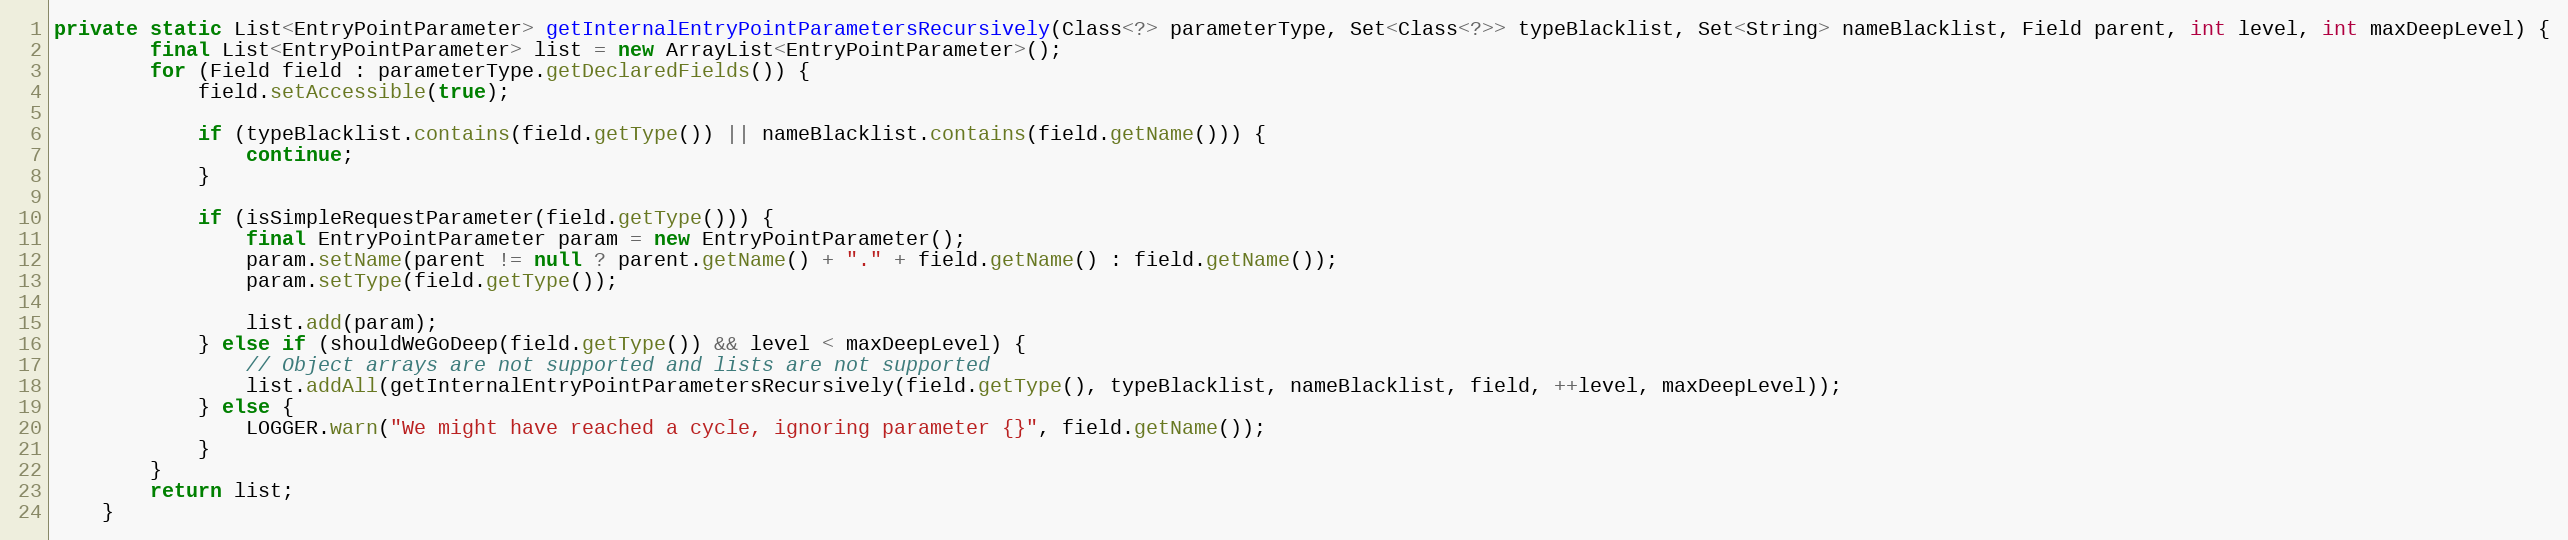
Language: Java
private static List<EntryPointParameter> getInternalEntryPointParametersRecursively(Class<?> parameterType, Set<Class<?>> typeBlacklist, Set<String> nameBlacklist, Field parent, int level, int maxDeepLevel) {
		final List<EntryPointParameter> list = new ArrayList<EntryPointParameter>();
		for (Field field : parameterType.getDeclaredFields()) {
			field.setAccessible(true);

			if (typeBlacklist.contains(field.getType()) || nameBlacklist.contains(field.getName())) {
				continue;
			}

			if (isSimpleRequestParameter(field.getType())) {
				final EntryPointParameter param = new EntryPointParameter();
				param.setName(parent != null ? parent.getName() + "." + field.getName() : field.getName());
				param.setType(field.getType());

				list.add(param);
			} else if (shouldWeGoDeep(field.getType()) && level < maxDeepLevel) {
				// Object arrays are not supported and lists are not supported
				list.addAll(getInternalEntryPointParametersRecursively(field.getType(), typeBlacklist, nameBlacklist, field, ++level, maxDeepLevel));
			} else {
				LOGGER.warn("We might have reached a cycle, ignoring parameter {}", field.getName());
			}
		}
		return list;
	}